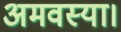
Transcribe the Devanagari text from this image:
अमवस्या।